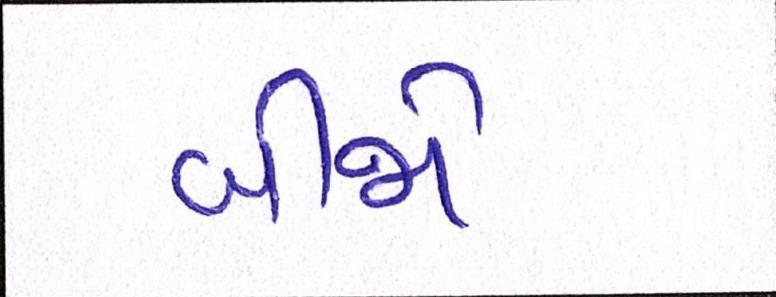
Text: બીજો